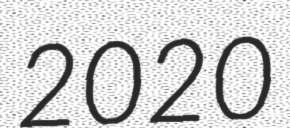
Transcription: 2020